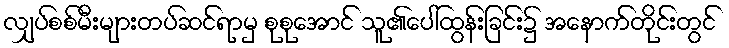
လျှပ်စစ်မီးများတပ်ဆင်ရာမှ စုစုအောင် သူ၏ပေါ်ထွန်းခြင်း၌ အနောက်တိုင်းတွင်